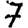
Digit: 7